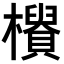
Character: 𣟨